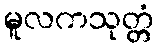
မူလကသုတ္တံ